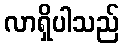
လာရှိပါသည်